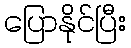
ပြောနိုင်ပြီး